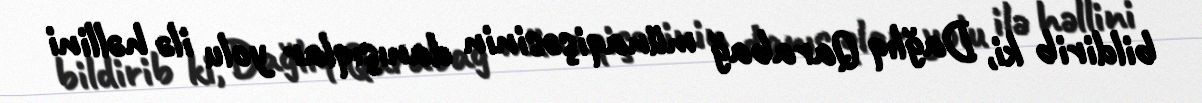
bildirib ki, Dağlıq Qarabağ münaqişəsinin danışıqlar yolu ilə həllini